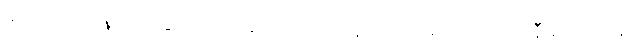
မဟာသင်္ဂါယနာတင်ခြင်းကို။ သုမင်္ဂလဝိလာသိနိယာ၊ သုမင်္ဂလဝိလာသိနီမည်သော။